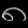
Digit: ၈